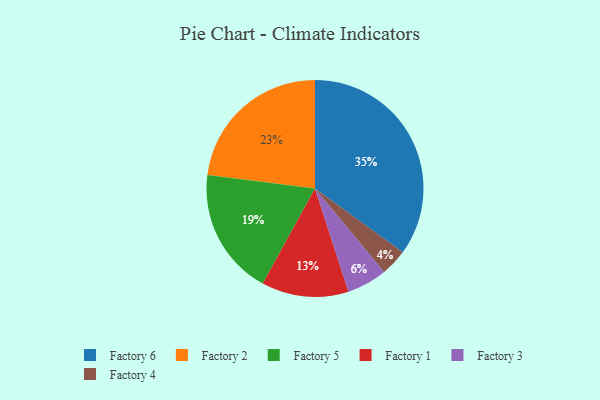
{"axis": {"x": "Category", "y": "Percentage"}, "legend": ["Factory 1", "Factory 2", "Factory 3", "Factory 4", "Factory 5", "Factory 6"], "data": [{"x": "Factory 6", "y": 35, "type": "Factory 6"}, {"x": "Factory 4", "y": 4, "type": "Factory 4"}, {"x": "Factory 1", "y": 13, "type": "Factory 1"}, {"x": "Factory 5", "y": 19, "type": "Factory 5"}, {"x": "Factory 2", "y": 23, "type": "Factory 2"}, {"x": "Factory 3", "y": 6, "type": "Factory 3"}]}